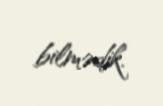
bilmədik.